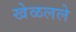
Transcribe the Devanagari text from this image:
खेळलले